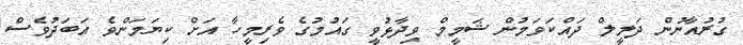
ގުރުއާނުން ދަލީލް ދައްކަވަމުން ޝަމީމް ވިދާޅުވީ ގައުމުގެ ވެރިމީހާ އަށް ކިޔަމަންވެ އަބަދުވެސް